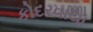
કોદરવાયા